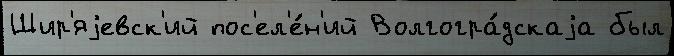
Шир'яjевск'ий пос'ел'е́н'ий Волгогра́дскаjа был